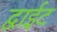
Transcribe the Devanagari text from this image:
द्वाईट